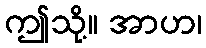
ဤသို့။ အာဟ၊